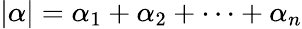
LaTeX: |\alpha|=\alpha_{1}+\alpha_{2}+\cdots+\alpha_{n}